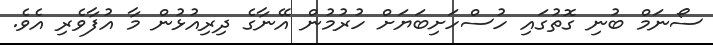
ސޯނަމް ބުނި ގޮތުގައި ހުސްހަށިބަޔަށް ހުރުމުން އޭނާގެ ދިރިއުޅުން މާ އުފާވެރި އެވެ.